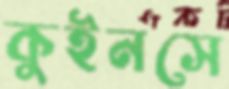
কুইনসে